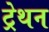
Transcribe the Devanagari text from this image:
ट्रेथन